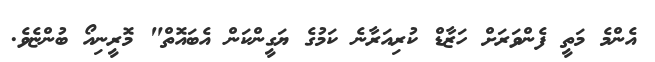
އެންމެ މަތީ ފެންވަރަށް ހަޒާޑް ކުރިއަރާނެ ކަމުގެ ޔަގީންކަން އެބައޮތް" މޮރީނިއޯ ބުންޏެވެ.